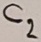
Text: C2